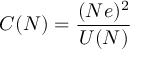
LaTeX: C ( N ) = { \frac { ( N e ) ^ { 2 } } { U ( N ) } }